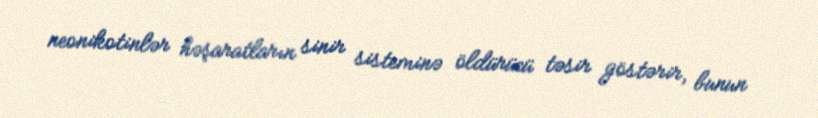
neonikotinlər həşaratların sinir sisteminə öldürücü təsir göstərir, bunun